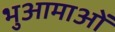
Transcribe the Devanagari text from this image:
भुआमाओं